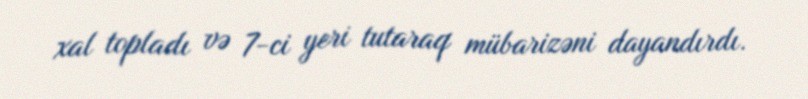
xal topladı və 7-ci yeri tutaraq mübarizəni dayandırdı.